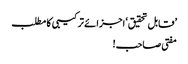
’قابل تحقیق‘ اجزائے ترکیبی کا مطلب
مفتی صاحب!